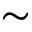
\sim